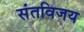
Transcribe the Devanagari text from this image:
संतविजय